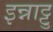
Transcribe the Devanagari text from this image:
इन्नाट्टु